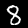
Label: 8